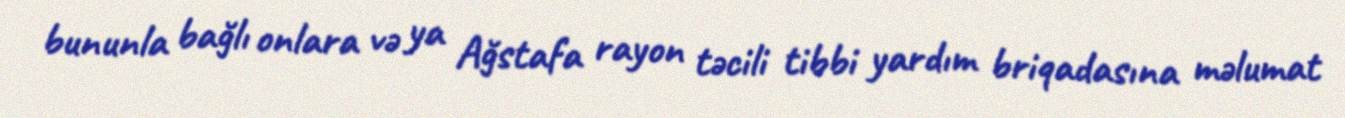
bununla bağlı onlara və ya Ağstafa rayon təcili tibbi yardım briqadasına məlumat